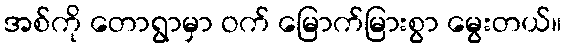
အစ်ကို တောရွာမှာ ဝက် မြောက်မြားစွာ မွေးတယ်။